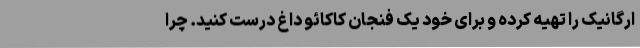
ارگانیک را تهیه کرده و برای خود یک فنجان کاکائو داغ درست کنید. چرا